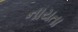
નાયતા